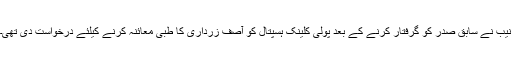
نیب نے سابق صدر کو گرفتار کرنے کے بعد پولی کلینک ہسپتال کو آصف زرداری کا طبی معائنہ کرنے کیلئے درخواست دی تھی۔